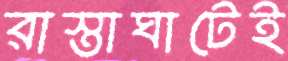
রাস্তাঘাটেই